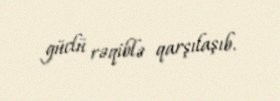
güclü rəqiblə qarşılaşıb.